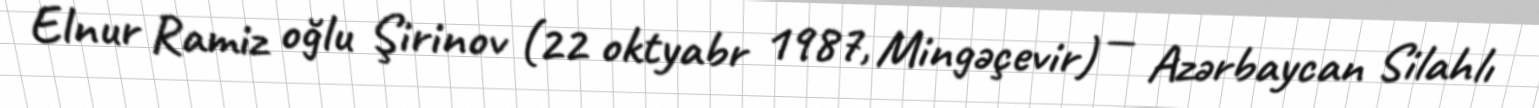
Elnur Ramiz oğlu Şirinov (22 oktyabr 1987, Mingəçevir) — Azərbaycan Silahlı